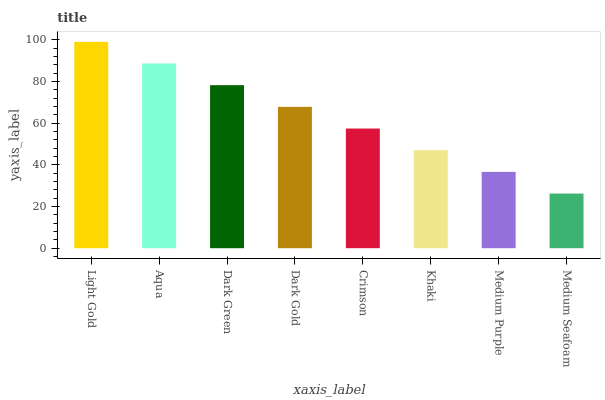
| xaxis_label | bars |
 | --- | --- |
 | Light Gold | 99 |
 | Aqua | 88.6 |
 | Dark Green | 78.2 |
 | Dark Gold | 67.8 |
 | Crimson | 57.4 |
 | Khaki | 47 |
 | Medium Purple | 36.6 |
 | Medium Seafoam | 26.2 |